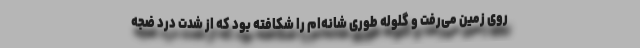
روی زمین می‌رفت و گلوله طوری شانه‌ام را شکافته بود که از شدت درد ضجه